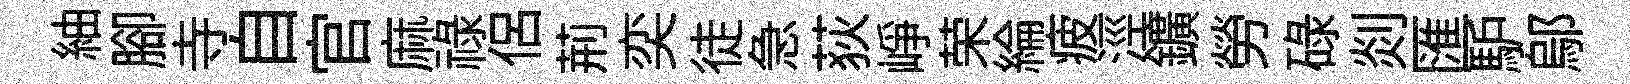
紬腳寺自官麻禄侣荊奕徒急荻峥荣綸疲涇鑛勞碌剡匯馿鄔